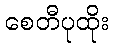
စေတီပုထိုး